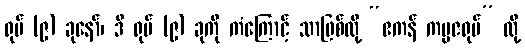
ရုပ် (၉) ခုနော်၊ ဒီ ရုပ် (၉) ခုကို ကံကြောင့် သာဖြစ်လို့ “ဧကန် ကမ္မဇရုပ်” လို့